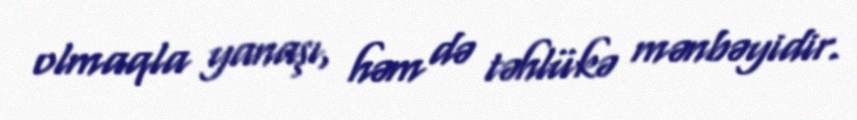
olmaqla yanaşı, həm də təhlükə mənbəyidir.